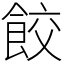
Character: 餃